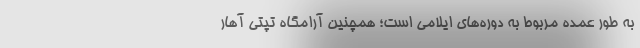
به طور عمده مربوط به دوره‌های ایلامی است؛ همچنین آرامگاه تپتی آهار